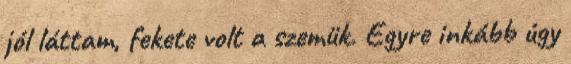
jól láttam, fekete volt a szemük. Egyre inkább úgy